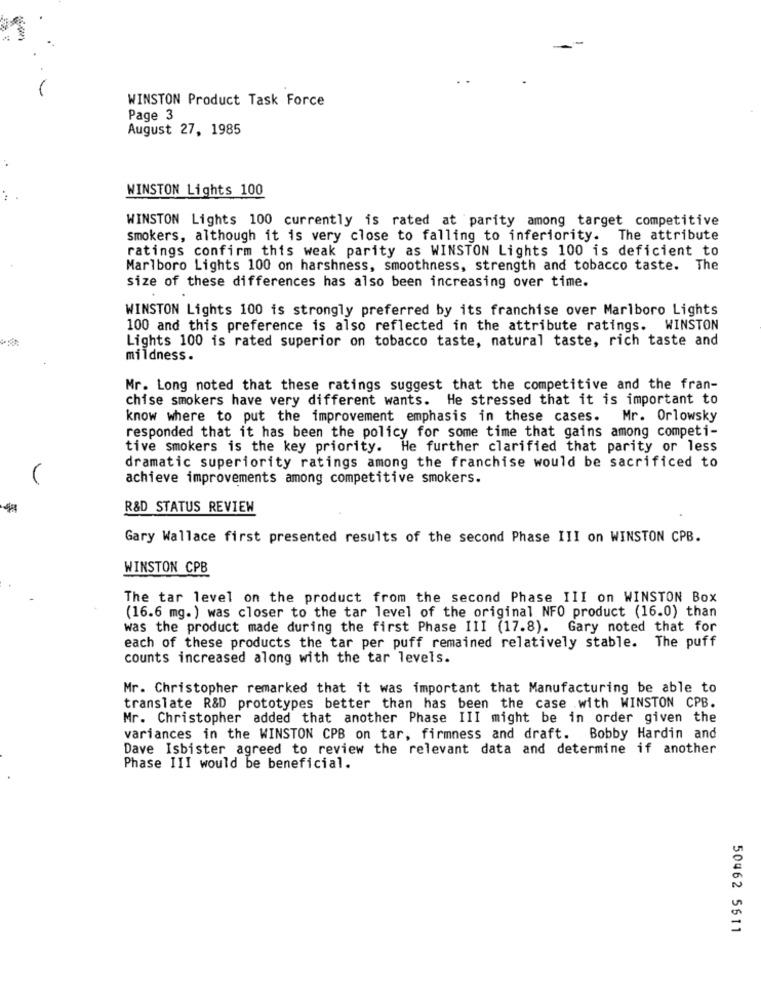
WINSTON Product Task Force
Page 3
August 27, 1985
WINSTON Lights 100
.**
WINSTON Lights 100 currently is rated at parity among target competitive
smokers, although it is very close to falling to inferiority. The attribute
ratings confirm this weak parity as WINSTON Lights 100 is deficient to
Marlboro Lights 100 on harshness, smoothness, strength and tobacco taste. The
size of these differences has also been increasing over time.
WINSTON Lights 100 is strongly preferred by its franchise over Marlboro Lights
100 and this preference is also reflected in the attribute ratings. WINSTON
Lights 100 is rated superior on tobacco taste, natural taste, rich taste and
mildness.
Mr. Long noted that these ratings suggest that the competitive and the fran-
chise smokers have very different wants. He stressed that it is important to
know where to put the improvement emphasis in these cases. Mr. Orlowsky
responded that it has been the policy for some time that gains among competi-
tive smokers is the key priority. He further clarified that parity or less
dramatic superiority ratings among the franchise would be sacrificed to
achieve improvements among competitive smokers.
R&D STATUS REVIEW
Gary Wallace first presented results of the second Phase III on WINSTON CPB.
WINSTON CPB
The tar level on the product from the second Phase III on WINSTON Box
(16.6 mg.) was closer to the tar level of the original NFO product (16.0) than
was the product made during the first Phase III (17.8). Gary noted that for
each of these products the tar per puff remained relatively stable. The puff
counts increased along with the tar levels.
Mr. Christopher remarked that it was important that Manufacturing be able to
translate R&D prototypes better than has been the case with WINSTON CPB.
Mr. Christopher added that another Phase III might be in order given the
variances in the WINSTON CPB on tar, firmness and draft. Bobby Hardin and
Dave Isbister agreed to review the relevant data and determine if another
Phase III would be beneficial.
50462 5611